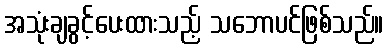
အသုံးချခွင့်ပေးထားသည့် သဘောပင်ဖြစ်သည်။